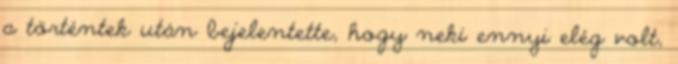
a történtek után bejelentette, hogy neki ennyi elég volt,